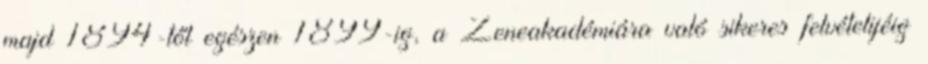
majd 1894-től egészen 1899-ig, a Zeneakadémiára való sikeres felvételijéig